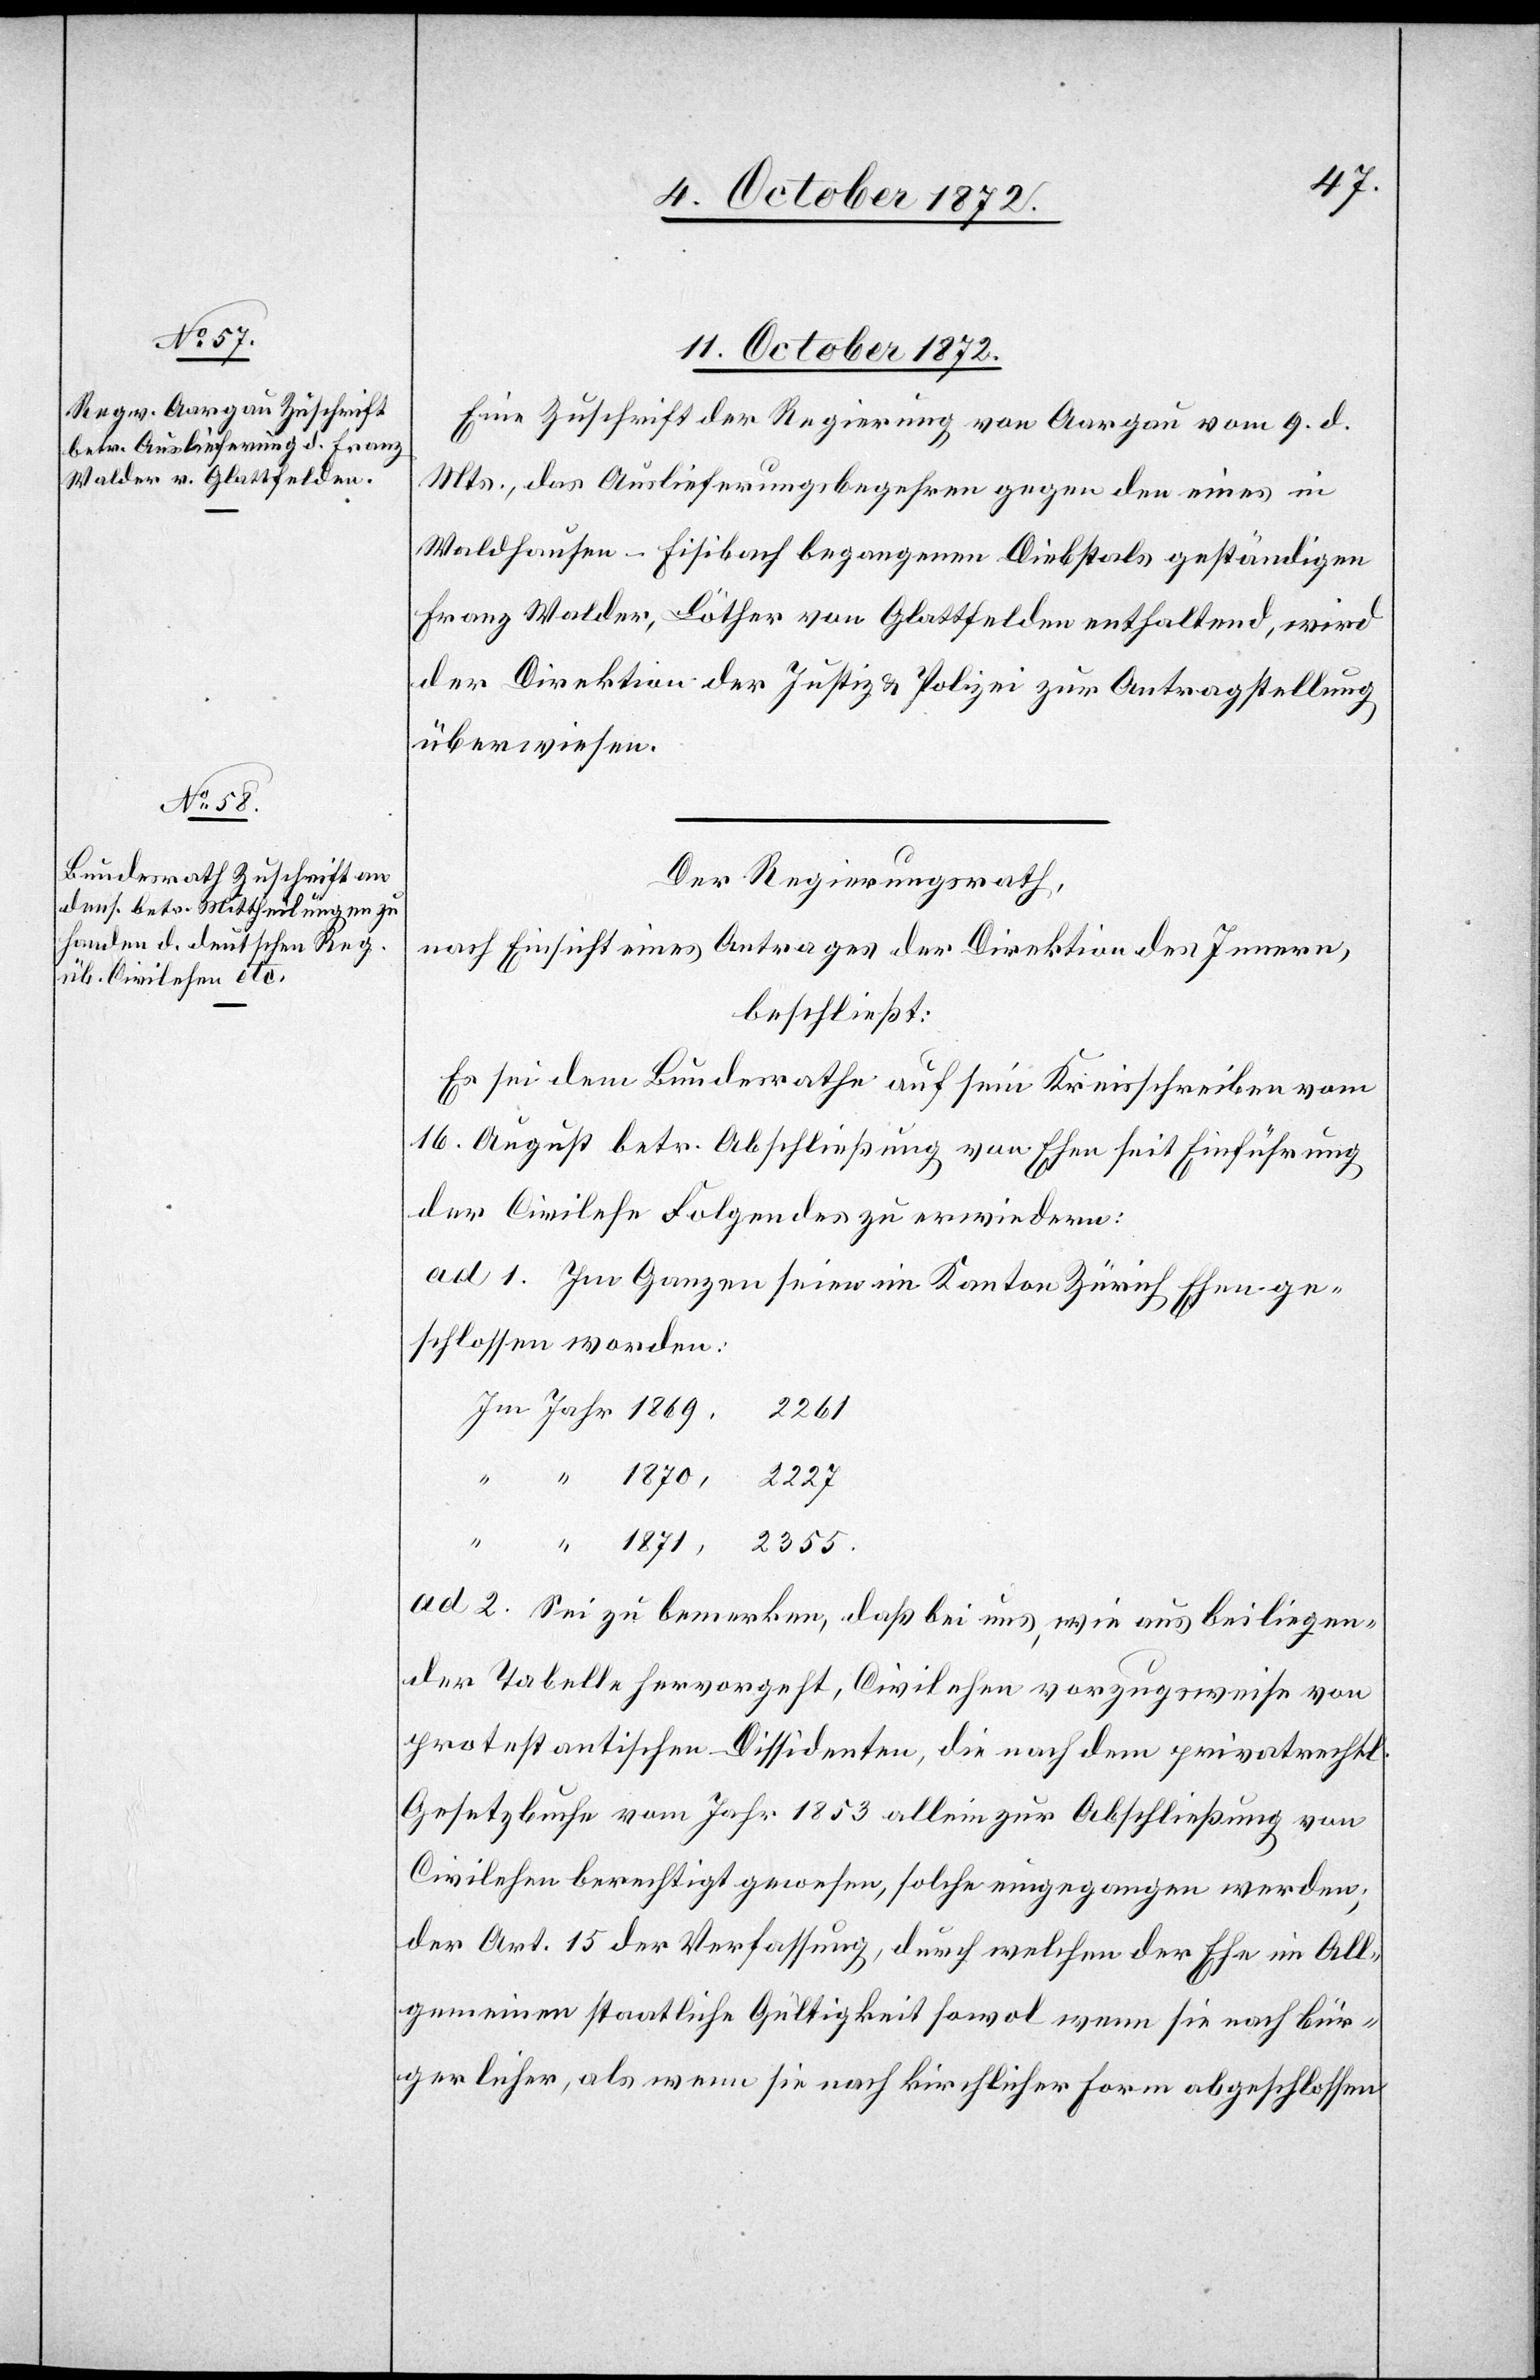
2355.

11. October 1872.]
Eine Zuschrift der Regierung von Aargau vom 9. d.
Mts., das Auslieferungsbegehren gegen den eines in
Waldhausen-Fisibach begangenen Diebstals geständigen
Franz Walder, Löther von Glattfelden enthaltend, wird
der Direktion der Justiz u. Polizei zur Antragstellung
überwiesen.
Der Regierungsrath,
nach Einsicht eines Antrages der Direktion des Innern,
beschließt:
Es sei dem Bundesrathe auf sein Kreisschreiben vom
16. August betr. Abschließung von Ehen seit Einführung
der Civilehe Folgendes zu erwiedern:
ad 1. Im Ganzen seien im Kanton Zürich Ehen ge¬
schlossen worden:
Jahr
ad 2. Sei zu bemerken, daß bei uns, wie aus beiliegen¬
der Tabelle hervorgeht, Civilehen vorzugsweise von
protestantischen Dissidenten, die nach dem privatrechtl.
Gesetzbuche vom Jahr 1853 allein zur Abschließung von
Civilehen berechtigt gewesen, solche eingegangen werden;
der Art. 15 der Verfassung, durch welchen der Ehe im All¬
gemeinen staatliche Gültigkeit sowol wenn sie nach bür¬
gerlicher, als wenn sie nach kirchlicher Form abgeschlossen